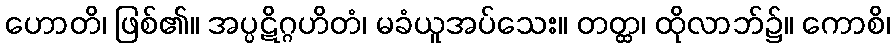
ဟောတိ၊ ဖြစ်၏။ အပ္ပဋိဂ္ဂဟိတံ၊ မခံယူအပ်သေး။ တတ္ထ၊ ထိုလာဘ်၌။ ကောစိ၊